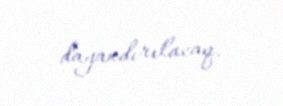
dayandırılacaq.